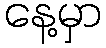
နေ့မှာ